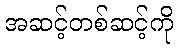
အဆင့်တစ်ဆင့်ကို